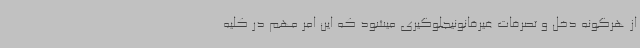
از هرگونه دخل و تصرفات غیرقانونیجلوگیری میشود که این امر مهم در کلیه